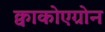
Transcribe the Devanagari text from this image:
क्वाकोएग्रोन